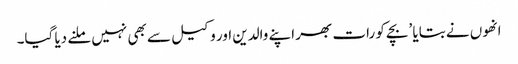
انھوں نے بتایا ’بچے کو رات بھر اپنے والدین اور وکیل سے بھی نہیں ملنے دیا گیا۔